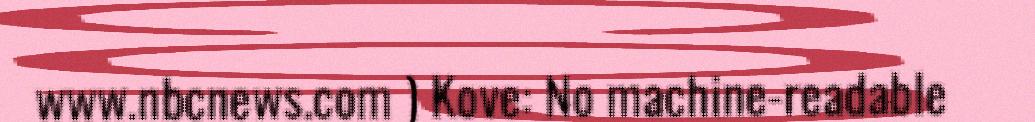
www.nbcnews.com ) Kove: No machine-readable